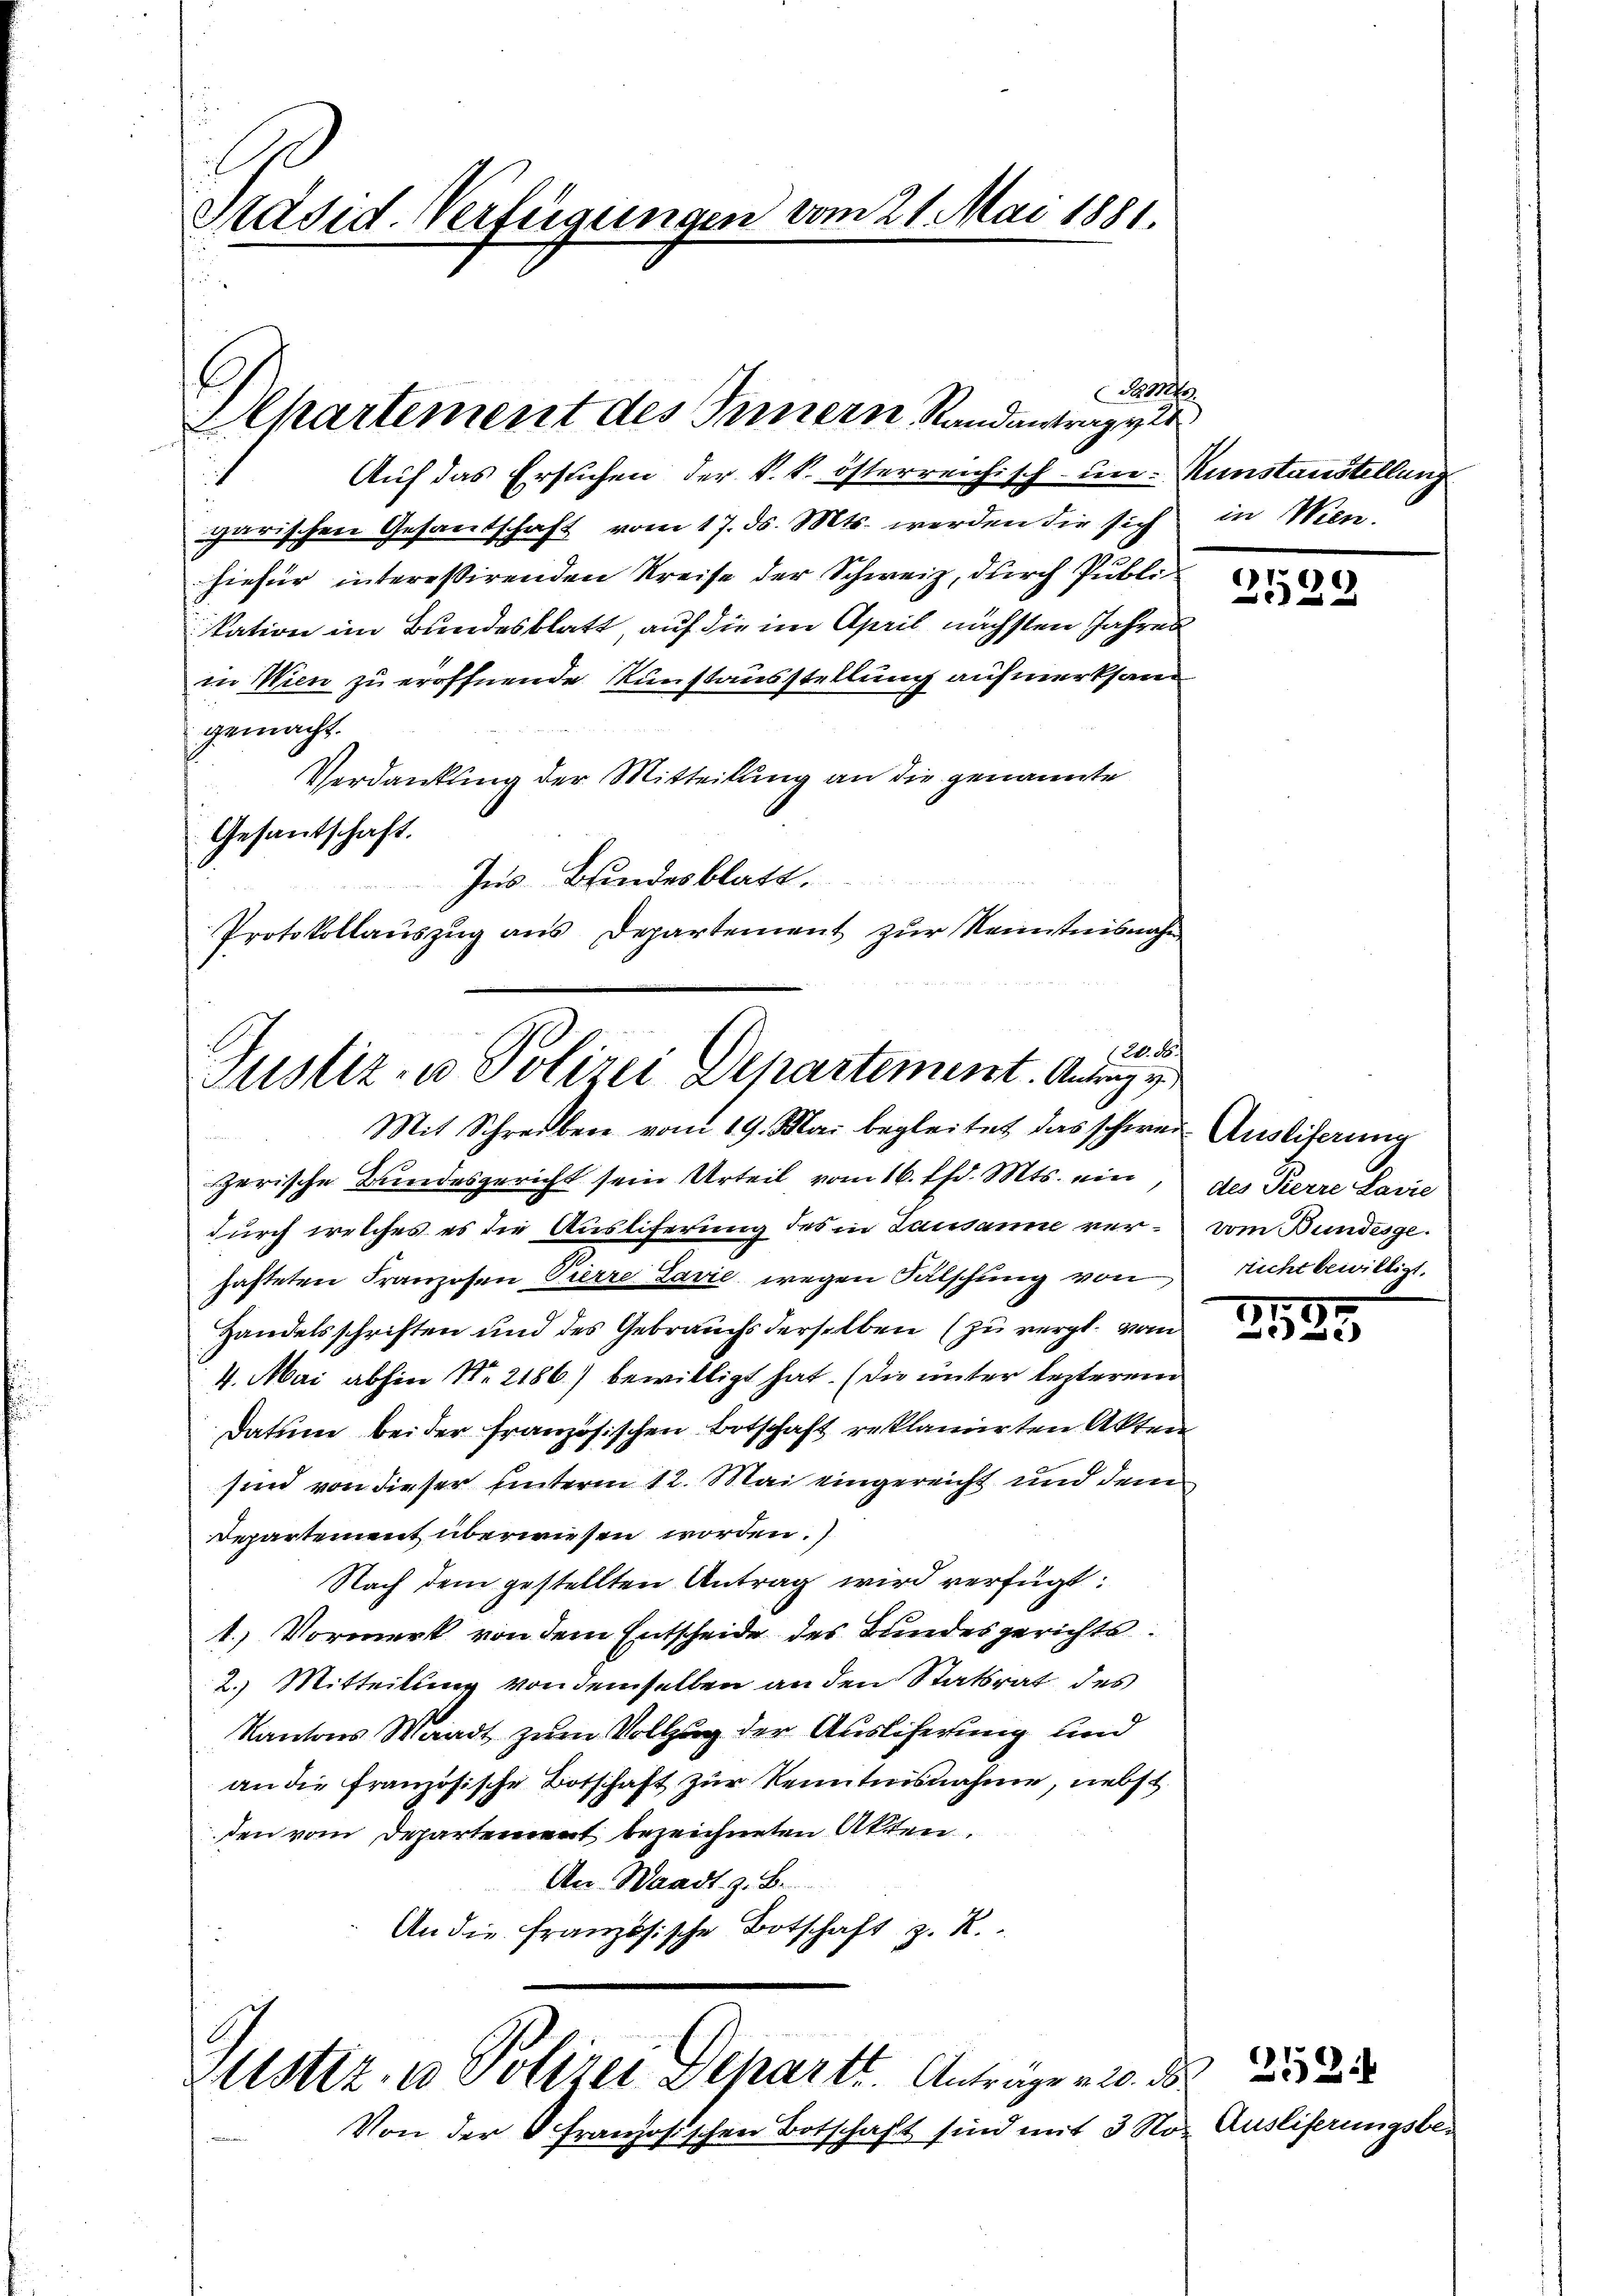
Präsid. Verfügungen vom 21. Mai 1881.

Auf das Ersuchen der k. k. österreichisch- um Kunstanstellung
garischen Gesandschaft vom 17. ds. Mts. werden die sich in Wien.
hiefür interessirenden Kreise der Schweiz, durch Puble
kation im Bundesblatt, auf die im April nächsten Jahres
in Wien zu eröffnende Kunstausstellung aufmerksam
gemacht.
Verdankung der Mitteilung an die genannte
Gesantschaft.
Ins Bundesblatt.
Protokollauszug aus Departement zur Kenntnisnahm

Da M
Alpartement des Innern Randantrag ver

12. d.
Justiz- u Polizei Departement. Antrage

Mit Schreiben vom 19. Mai begleitet das schwer Ausliferung
zerische Bundesgericht sein Urteil vom 16. d. Mts. ein
durch welches es die Ausliferung des in Lausanne verhafteten Franzosen Pierre Lavić wegen Fälschung von
Handelsschriften und des Gebrauchs derselben (zu vergl. vom
4. Mai abhin Nr. 2186) bewilligt hat. (die unter lezterem
Datum bei der französischen Botschaft reklamirten Akten
sind von dieser hinterm 12. Mai eingereicht und dem
Departement überwiesen worden.
Nach dem gestellten Antrag wird verfügt:
1.) Vormerk von dem Entscheide des Bundesgerichts¬
2.) Mitteilung von demselben an den Statsrat des
Kantons Waadt zum Vollzug der Ausliferung und
an die französische Botschaft zur Kenntnisnahme, nebst
den vom Departement bezeichneten Akten.
An Waadt, z. B.
An die französische Botschaft z. R.

stiz, u. Polizei Departt. Anträgen 10. d.

Von der französischen Botschaft sind mit 3 Noz. Ausliferungsbe-

1296)
x

des Pierre Lavie
vom Bundesge
richt bewilligt.

7
71
e